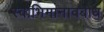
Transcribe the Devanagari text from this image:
स्वाभिमानावबोध